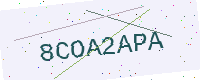
Text: 8COA2APA